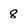
Character: 8